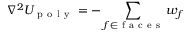
\nabla ^ { 2 } U _ { \mathrm { ~ p ~ o ~ l ~ y ~ } } = - \sum _ { f \in \mathrm { ~ f ~ a ~ c ~ e ~ s ~ } } w _ { f }